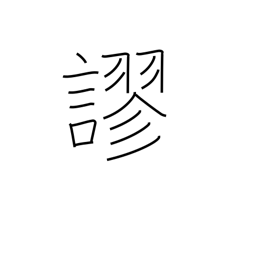
Meaning: mistake